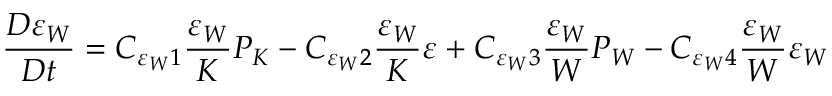
\frac { D \varepsilon _ { W } } { D t } = C _ { \varepsilon _ { W } 1 } \frac { \varepsilon _ { W } } { K } P _ { K } - C _ { \varepsilon _ { W } 2 } \frac { \varepsilon _ { W } } { K } \varepsilon + C _ { \varepsilon _ { W } 3 } \frac { \varepsilon _ { W } } { W } P _ { W } - C _ { \varepsilon _ { W } 4 } \frac { \varepsilon _ { W } } { W } \varepsilon _ { W }